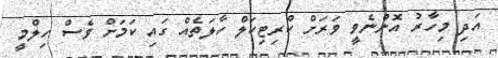
އަދި މިހާރު އޮންނެވީ ވަރަށް ކްރިޓިކަލް ހާލަތެއް ގައި ކަމަށް ވެސް ހިލްމީ